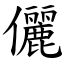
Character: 儷